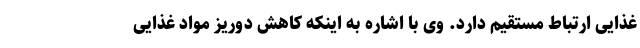
غذایی ارتباط مستقیم دارد. وی با اشاره به اینکه کاهش دوریز مواد غذایی